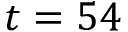
t = 5 4